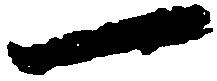
一